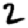
Digit: 2